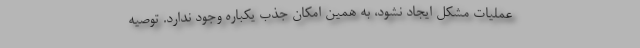
عملیات مشکل ایجاد نشود، به همین امکان جذب یکباره وجود ندارد. توصیه